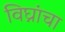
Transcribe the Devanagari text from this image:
विघ्नांचा